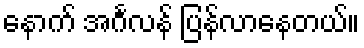
နောက် အင်္ဂလန် ပြန်လာနေတယ်။